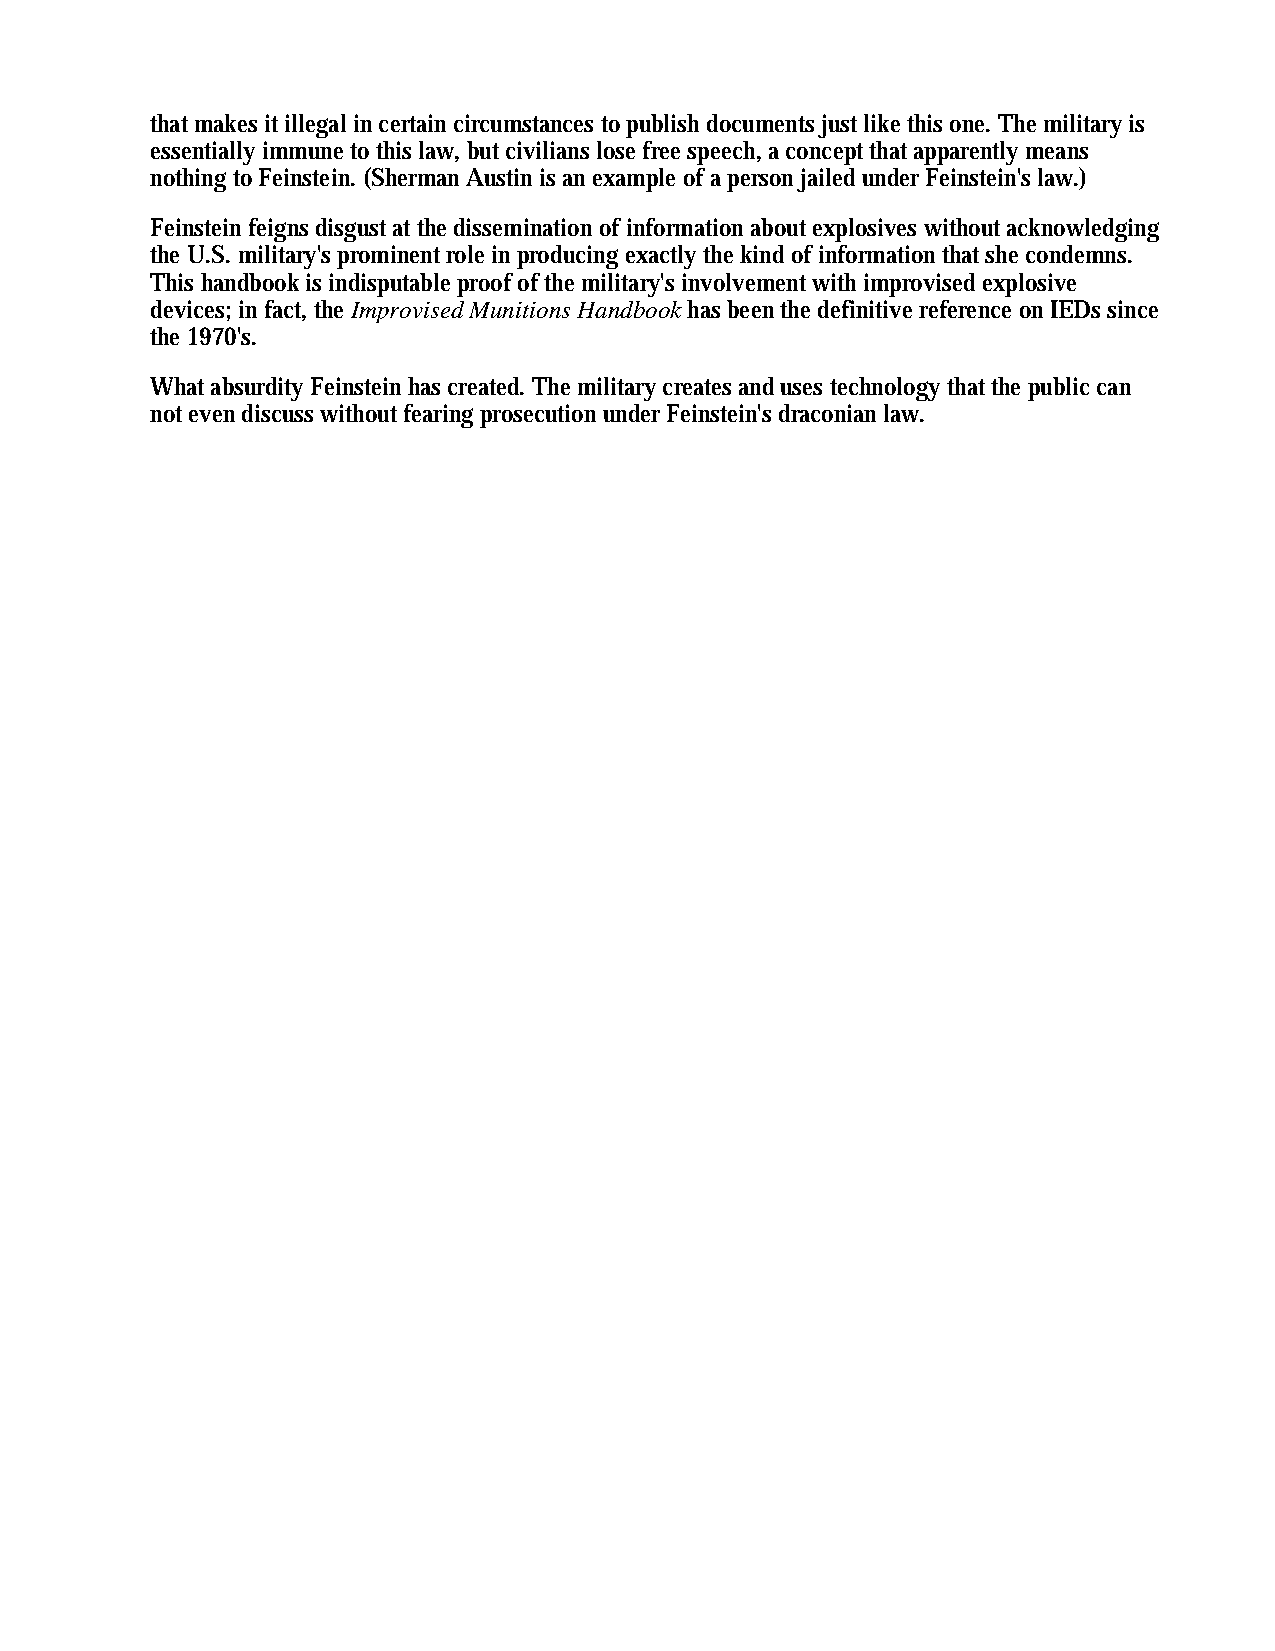
that makes it illegal in certain circumstances to publish documents just like this one. The military is
 essentially immune to this law, but civilians lose free speech, a concept that apparently means
 nothing to Feinstein. (Sherman Austin is an example of a person jailed under Feinstein's law.)
 Feinstein feigns disgust at the dissemination of information about explosives without acknowledging
 the U.S. military's prominent role in producing exactly the kind of information that she condemns.
 This handbook is indisputable proof of the military's involvement with improvised explosive
 devices; in fact, the Improvised Munitions Handbook has been the definitive reference on IEDs since
 the 1970's.
 What absurdity Feinstein has created. The military creates and uses technology that the public can
 not even discuss without fearing prosecution under Feinstein's draconian law.